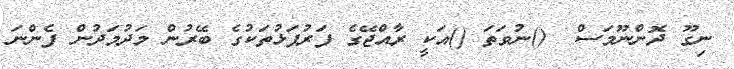
ނިގޫ ދޮންނޫމަސް  ()ނުވަތަ ()އަކީ ރާއްޖޭގެ ފަރުފަޅުތަކުގެ ބޭރުން މަދުމަދުން ފެންނަ